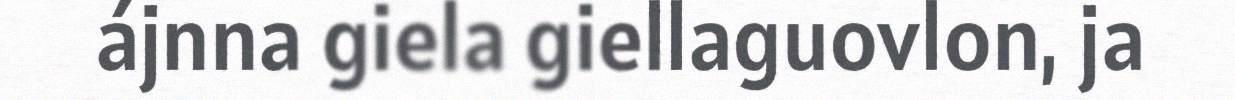
ájnna giela giellaguovlon, ja